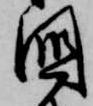
国